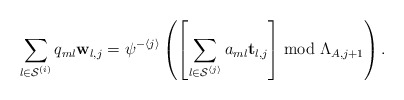
\begin{align*}\sum_{l\in\mathcal{S}^{\left(i\right)}}q_{ml}\mathbf{w}_{l,j}=\psi^{-\left\langle j\right\rangle }\left(\left[\sum_{l\in\mathcal{S}^{\left\langle j\right\rangle }}a_{ml}\mathbf{t}_{l,j}\right]\bmod\Lambda_{A,j+1}\right).\end{align*}